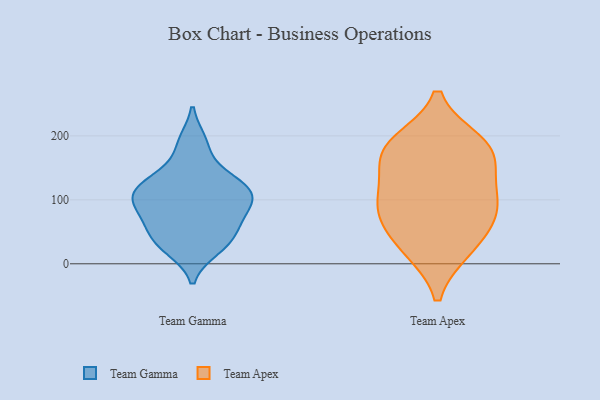
{"axis": {"x": "Satisfaction Score", "y": "Value"}, "legend": ["Team Apex", "Team Gamma"], "data": [{"x": "", "y": 23, "type": "Team Gamma"}, {"x": "", "y": 64, "type": "Team Gamma"}, {"x": "", "y": 191, "type": "Team Gamma"}, {"x": "", "y": 57, "type": "Team Gamma"}, {"x": "", "y": 91, "type": "Team Gamma"}, {"x": "", "y": 118, "type": "Team Gamma"}, {"x": "", "y": 136, "type": "Team Gamma"}, {"x": "", "y": 58, "type": "Team Gamma"}, {"x": "", "y": 122, "type": "Team Gamma"}, {"x": "", "y": 41, "type": "Team Gamma"}, {"x": "", "y": 116, "type": "Team Gamma"}, {"x": "", "y": 86, "type": "Team Gamma"}, {"x": "", "y": 110, "type": "Team Gamma"}, {"x": "", "y": 27, "type": "Team Gamma"}, {"x": "", "y": 29, "type": "Team Gamma"}, {"x": "", "y": 187, "type": "Team Gamma"}, {"x": "", "y": 88, "type": "Team Gamma"}, {"x": "", "y": 142, "type": "Team Gamma"}, {"x": "", "y": 106, "type": "Team Gamma"}, {"x": "", "y": 103, "type": "Team Gamma"}, {"x": "", "y": 176, "type": "Team Apex"}, {"x": "", "y": 74, "type": "Team Apex"}, {"x": "", "y": 122, "type": "Team Apex"}, {"x": "", "y": 79, "type": "Team Apex"}, {"x": "", "y": 179, "type": "Team Apex"}, {"x": "", "y": 189, "type": "Team Apex"}, {"x": "", "y": 115, "type": "Team Apex"}, {"x": "", "y": 25, "type": "Team Apex"}, {"x": "", "y": 174, "type": "Team Apex"}, {"x": "", "y": 81, "type": "Team Apex"}, {"x": "", "y": 23, "type": "Team Apex"}]}